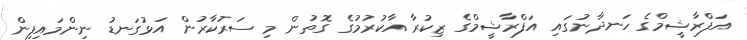
އަފްރާޝީމްގެ ހަނދާނުގައި އަފްރާޝީމްގެ ޒިކުރާ އާކުރުމުގެ ގޮތުން މި ސަރުކާރުން އަޅުގަނޑު ނިންމައިފިން